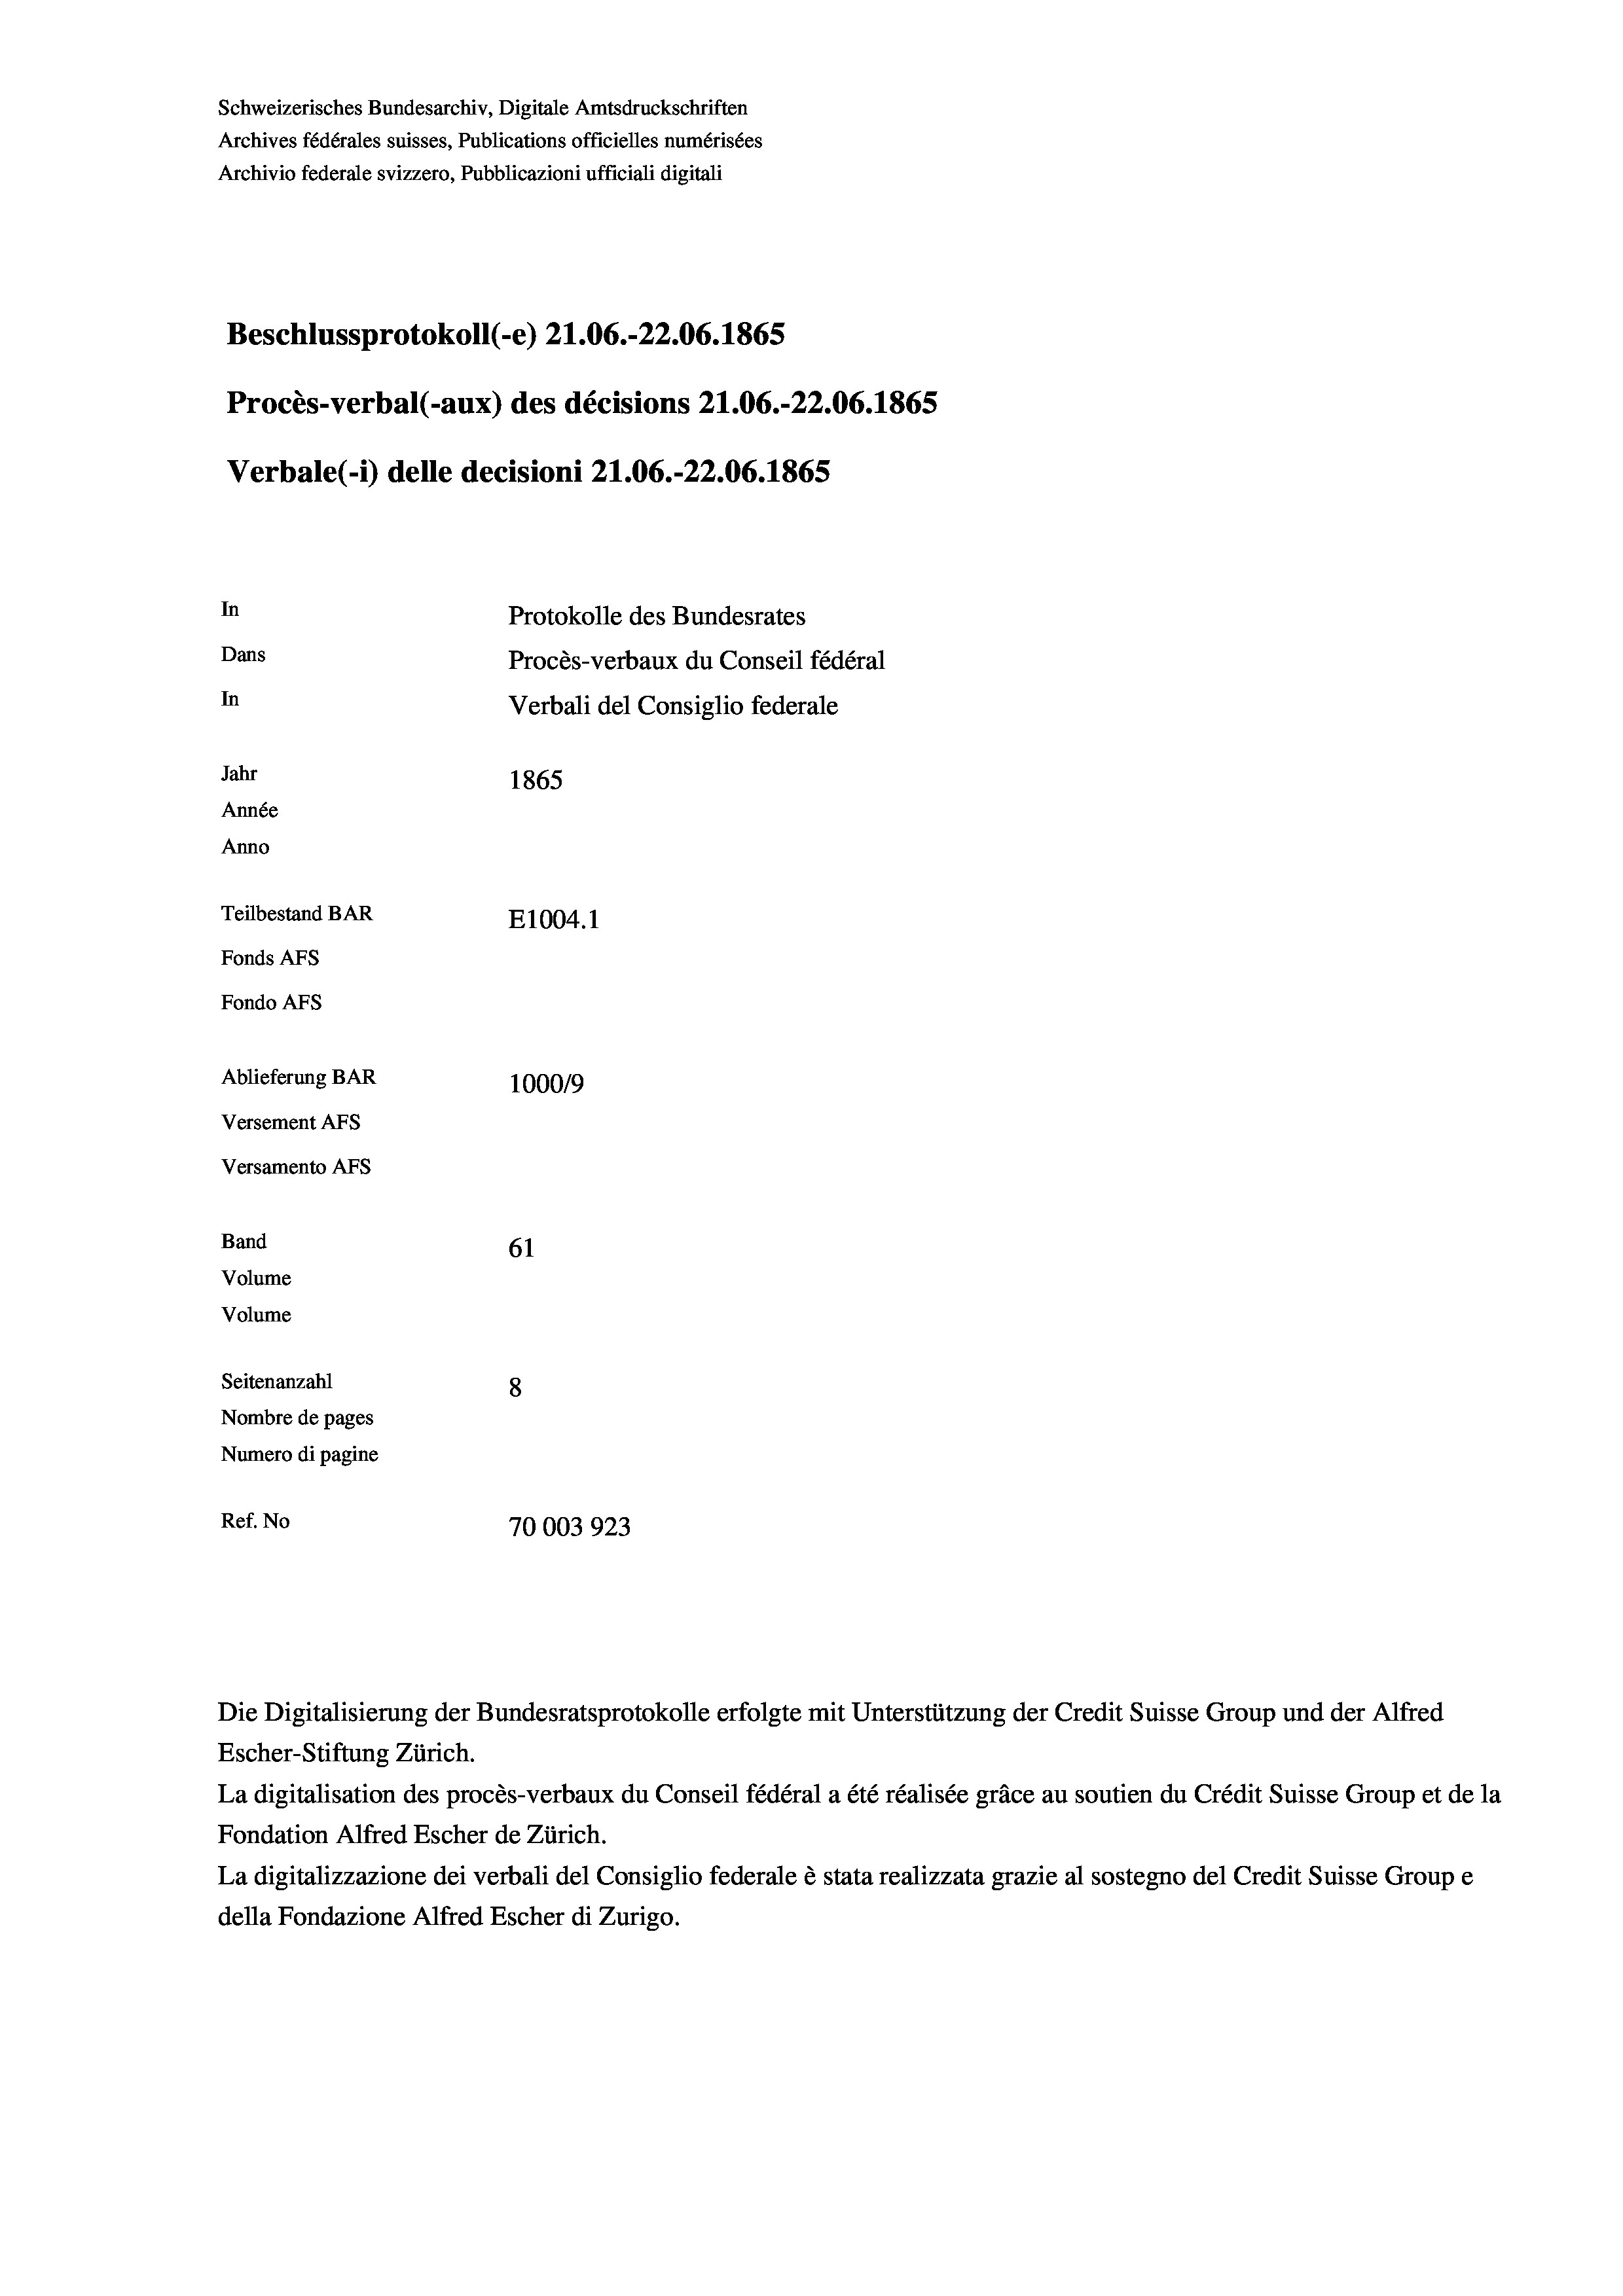
Schweizerisches Bundesarchiv, Digitale Amtsdruckschriften
Archives fédérales suisses, Publications officielles numérisées
Archivio federale svizzero, Pubblicazioni ufficiali digitali
Beschlussprotokoll (-e) 21.06.-22.06. 1865
Procès-verbal (-aux) des décisions 21.06.-22.06. 1865
Verbale (1) delle decisioni 21.06.-22.06. 1865
In
Protokolle des Bundesrates
Dans
Procès-verbaux du Conseil fédéral
In
Verbali del Consiglio federale
Jahr
1865
Année
Anno
Teilbestand BAR
E1004. 1
Fonds AFs
Fondo AFs
Ablieferung BAR
100019
Versement AFs
Versamento Afs
Band
61
Volume
Volume

Seitenanzahl
8
Nombre de pages
Numero di pagine
Ref. No
70003923

Die Digitalisierung der Bundesratsprotokolle erfolgte mit Unterstützung der Credit Suisse Group und der Alfred
Escher-Stiftung Zürich.
La digitalisation des procès-verbaux du Conseil fédéral a été réalisée gräce au soutien du Crédit Suisse Group et de la
Fondation Alfred Escher de Zürich.
La digitalizzazione dei verbali del Consiglio federale è stata realizzata grazie al sostegno del Credit Suisse Groupe
della Fondazione Alfred Escher di Zurigo.